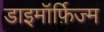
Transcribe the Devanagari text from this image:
डाइमॉर्फ़िज्म